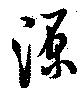
源